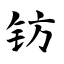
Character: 钫